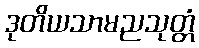
ဒုတိယသာမညသုတ္တံ